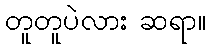
တူတူပဲလား ဆရာ။